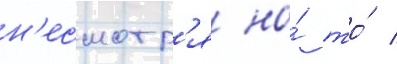
н'есмотр'я на́ то́ /